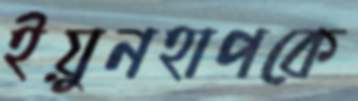
ইয়ুনহাপকে